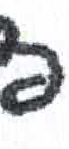
אות: פ